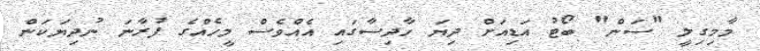
މާމިގިލީ "ސަން" ބޯޓު އަޑިއަށް ދިޔަ ހާދިސާގައި އެއްވެސް މީހެއްގެ ފުރާނަ ނުދިޔަކަން